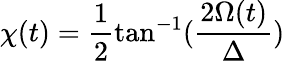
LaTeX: \chi(t)=\frac{1}{2}\tan^{-1}(\frac{2\Omega(t)}{\Delta})